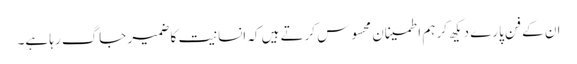
ان کے فن پارے دیکھ کر ہم اطمینان محسوس کرتے ہیں کہ انسانیت کا ضمیر جاگ رہا ہے۔